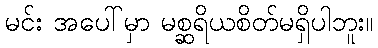
မင်း အပေါ်မှာ မစ္ဆရိယစိတ်မရှိပါဘူး။